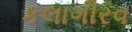
કલાગૌરવ